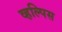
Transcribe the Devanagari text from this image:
व्हल्पिस